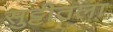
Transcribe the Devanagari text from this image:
सुट्टीतला